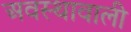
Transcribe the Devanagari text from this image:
अवस्थावाली